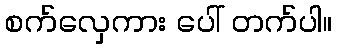
စက်လှေကား ပေါ် တက်ပါ။